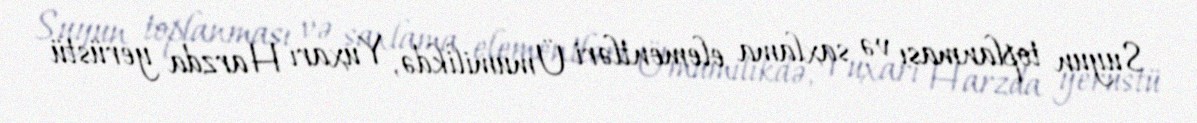
Suyun toplanması və saxlama elementləri Ümumilikdə, Yuxarı Harzda yerüstü